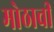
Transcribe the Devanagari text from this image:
मोठाची